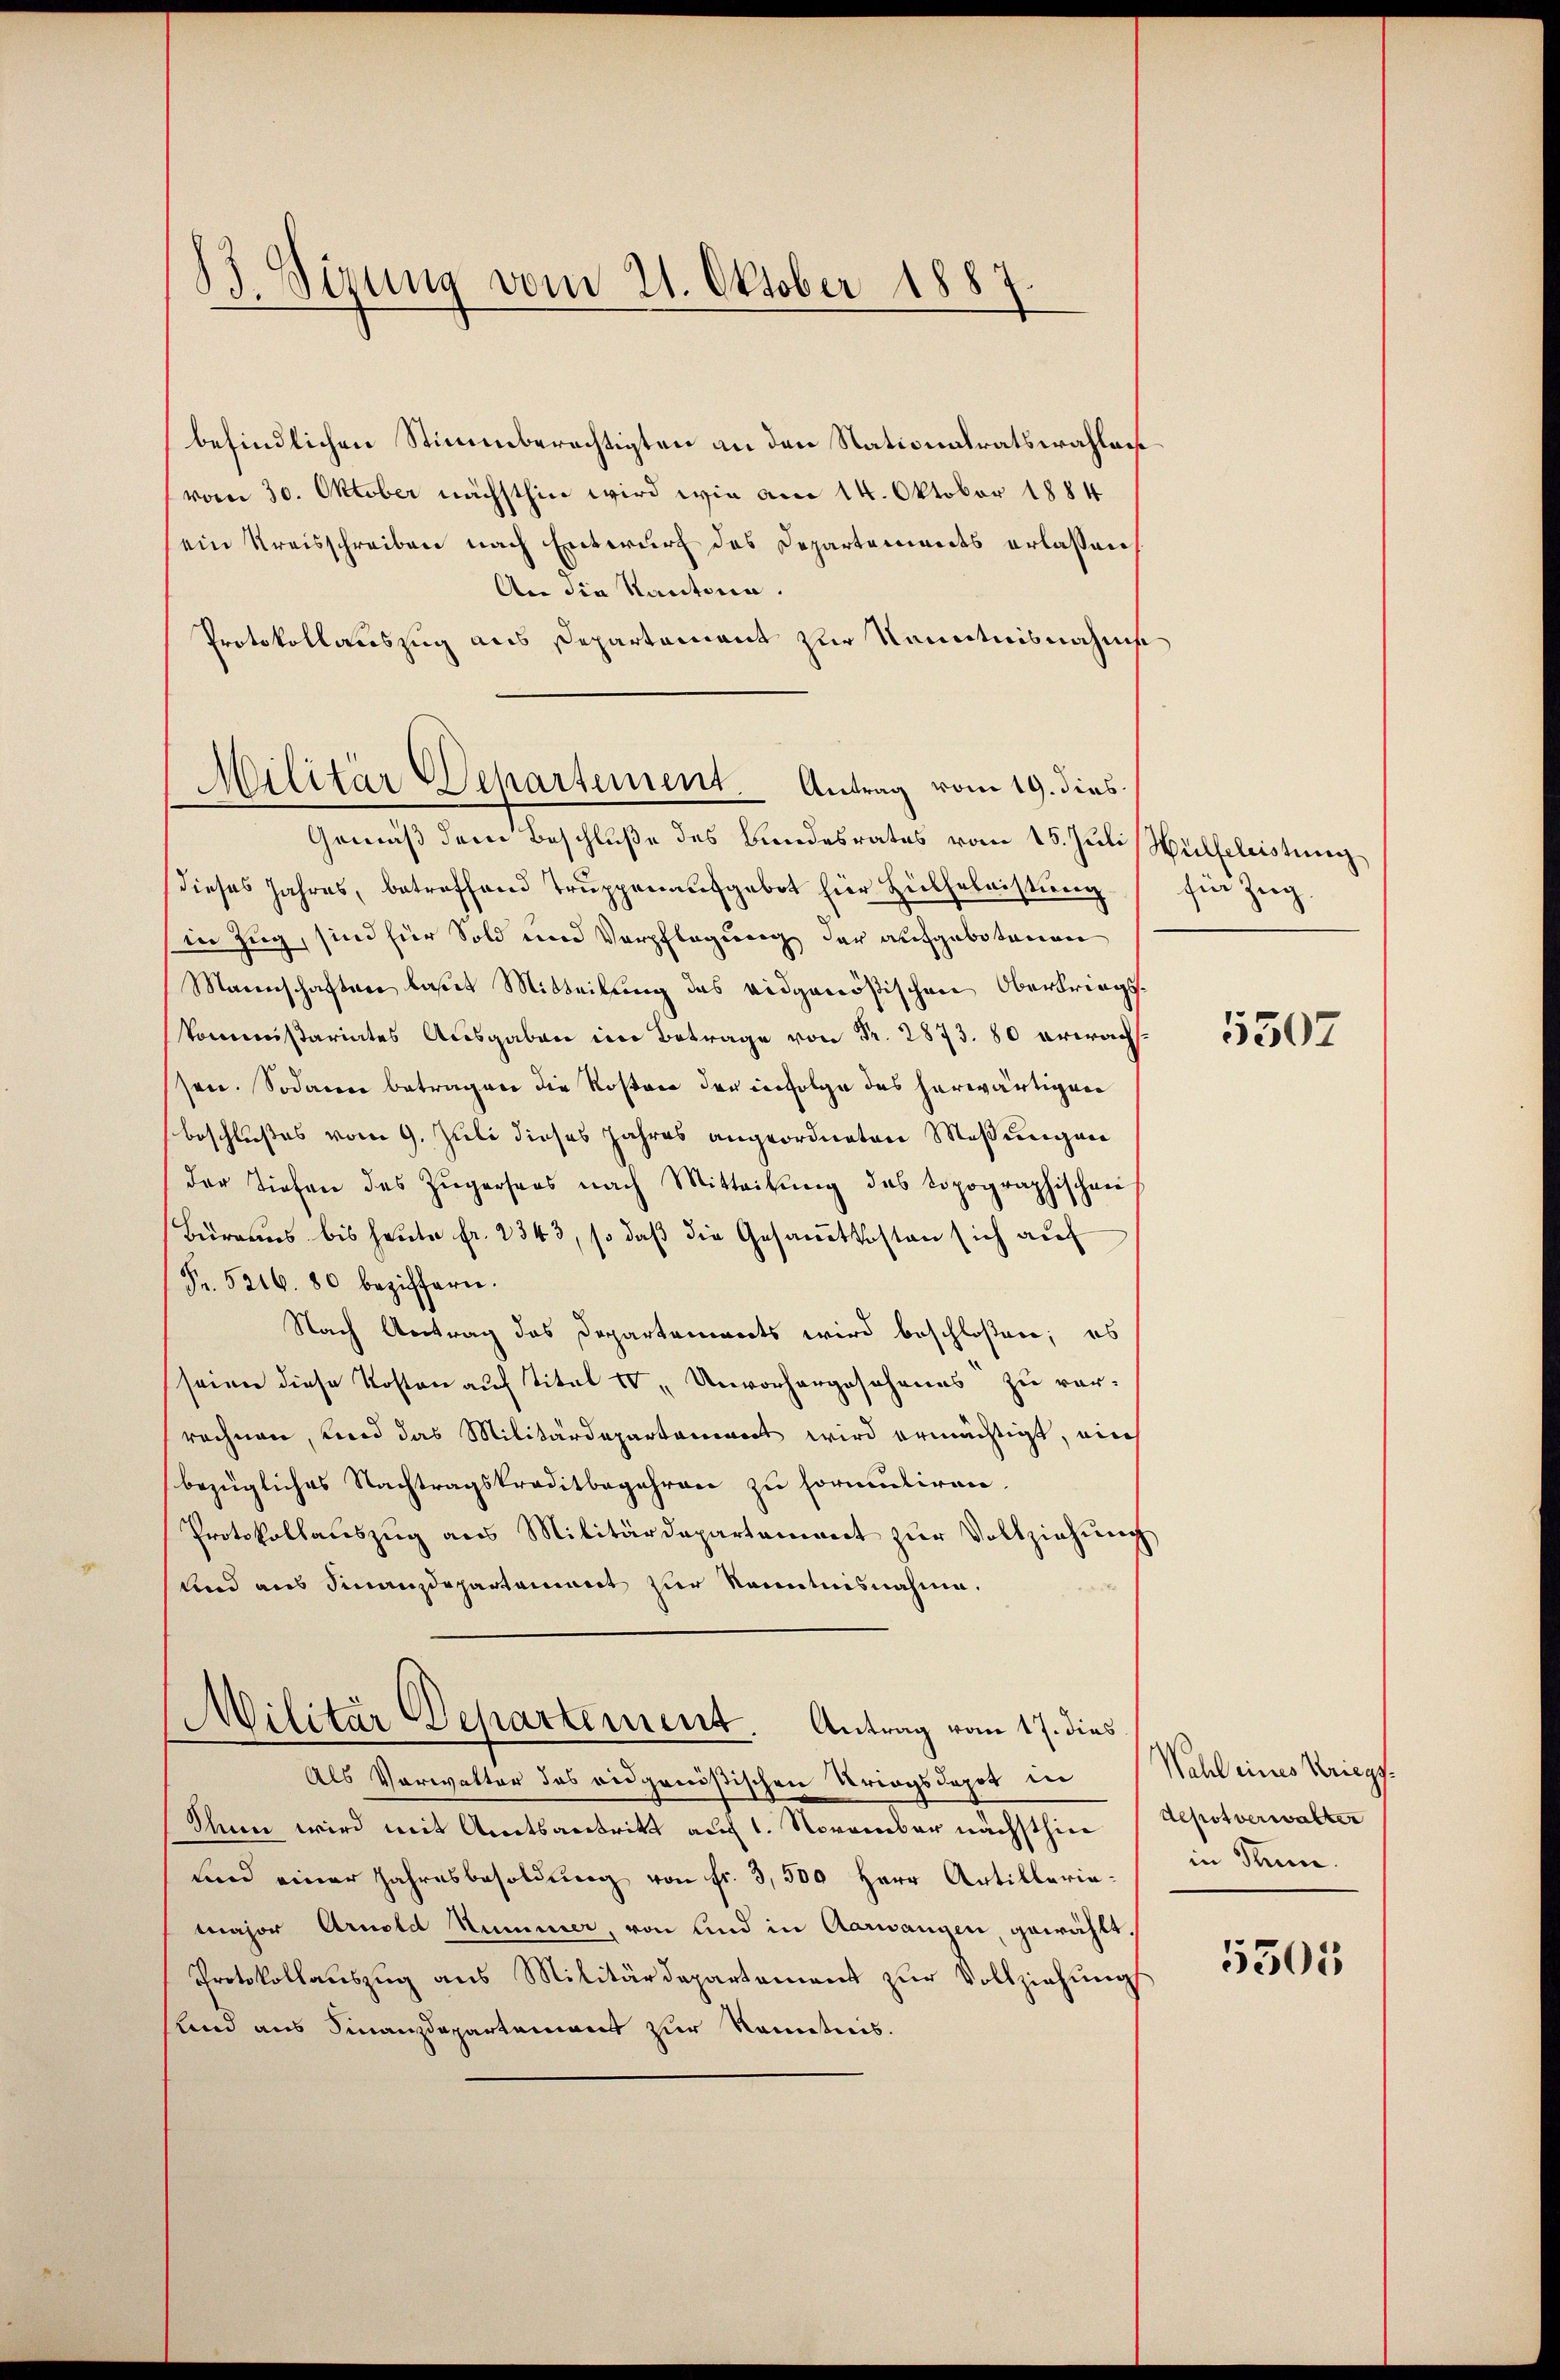
13. Sizung vom 21. Oktober 1887.

befindlichen Stimmberechtigten an den Stationalratswahlniß
vom 30. Oktober nächsthin wird wie am 14. Oktober 1884
ein Kreisschreiben nach Entwurf des Departements erlassen,
An die Kantonen.
Protokollauszug aus Departement zur Kenntnisnahms
Gemäß dem Beschluße des Bundesrates vom 15. Juli Hülfeleistung
dieses Jahres, betreffend Truppenaufgebot hier Hülfeleistung
in Zug, sind für Sold und Verpflegung der aufgebotenen
Mannschaften laßes Mitteilung des eidgenößischen Oberbrings
Kommißariates Ausgaben im Betrage von Fr. 2873. 80 erwachs
sen. Sodann betragen die Roston der infolge des herwärtigen
beschlußes vom 9. Juli dieses Jahres angeordneten Meßungen
der Tiefen des Zŭgersers nach Mitteilŭng des topographischen
Büreaus bis heute fr. 2343, so daß die Gesammtkosten sich auf
Fr. 5216. 80 beziffern.
Nach Antrag das Departements wird beschloßen; es
seien diese Kosten auf Titel IV, Unvorhergeschenes zu ver-
rechnen, und das Militärdepartement wird ermächtigt, ein
bezügliches Nachtragskreditbegehren zu formuliren.
Protokollauszug aus Militärdepartament zur Vollziehung
und aus Finanzdepartament zur Kenntnisnahme.
Militär Departement. Antrag vom 17. dies
Als Verwalter das eidgenößischen Kriegsdopo in
Thun wird mit Amtsantritt auf 1. November nächsthier
Lnd einer Jahresbesoldung von fr. 3,500 Herr Artilleriamajor Arnold Nummer, von und in Aarwangen, gewählt,
Protokollaŭszŭg ans Militärdepartement zŭr Vollziehŭng
Lnd aus Finanzdepartement zur Kenntnis.

Militär Departement Antrag vom 19. dies

für Zug.

5507

Wahl eines Kriegsdepot verwalter
in Thun.

5305